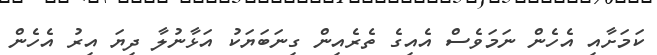
ކަމަށާއި އެހެން ނަމަވެސް އެއިގެ ތެރެއިން ގިނަބަޔަކު އަޅާނުލާ ދިޔަ އިރު އެހެން